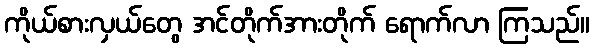
ကိုယ်စားလှယ်တွေ အင်တိုက်အားတိုက် ရောက်လာ ကြသည်။